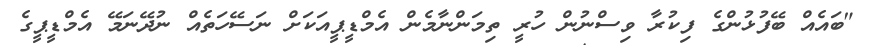
"ބައެއް ބޭފުޅުންގެ ފިކުރާ ވިސްނުން ހުރީ ތިމަންނާމެން އެމްޑީޕީއަކަށް ނަސޭހަތެއް ނުދޭނަމޭ އެމްޑީޕީގެ